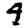
Digit: 4